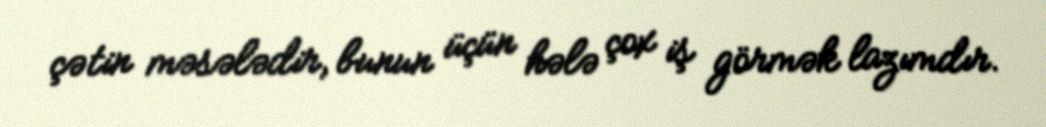
çətin məsələdir, bunun üçün hələ çox iş görmək lazımdır.